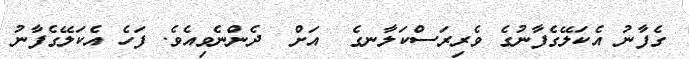
ގެފާނު އެކަލޭގެފާނުގެ ވެރިރަސްކަލާނގެ  އަށް  ދެންނެވިއެވެ. ފަހެ އެކަލޭގެފާނު